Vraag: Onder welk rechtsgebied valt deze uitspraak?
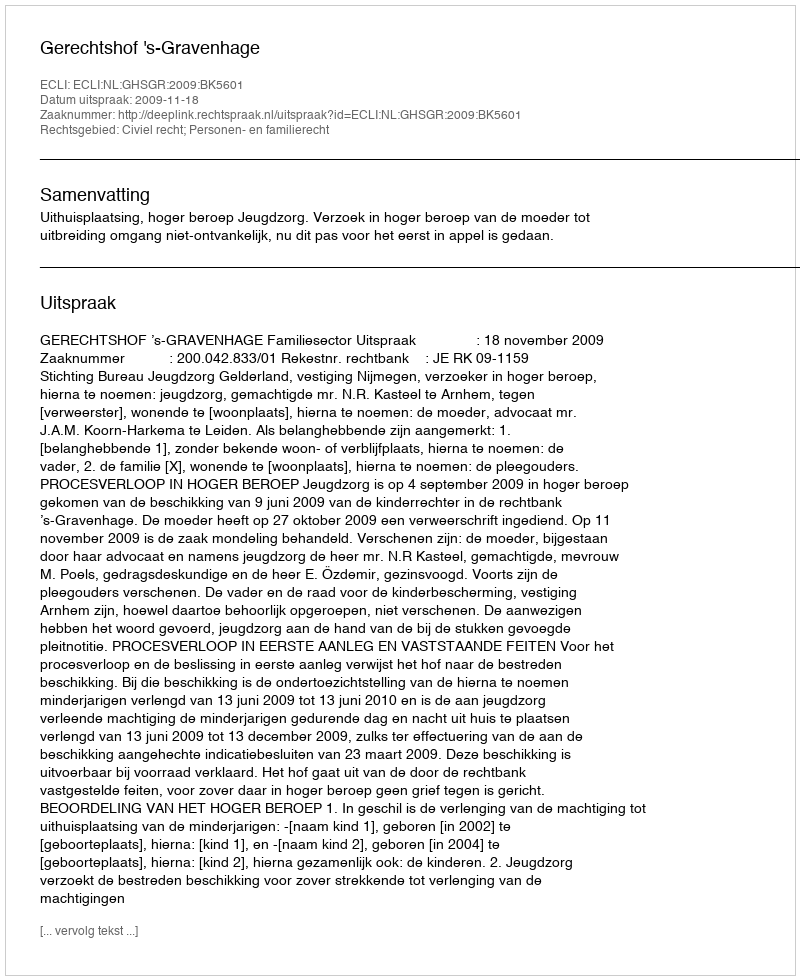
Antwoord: Civiel recht; Personen- en familierecht